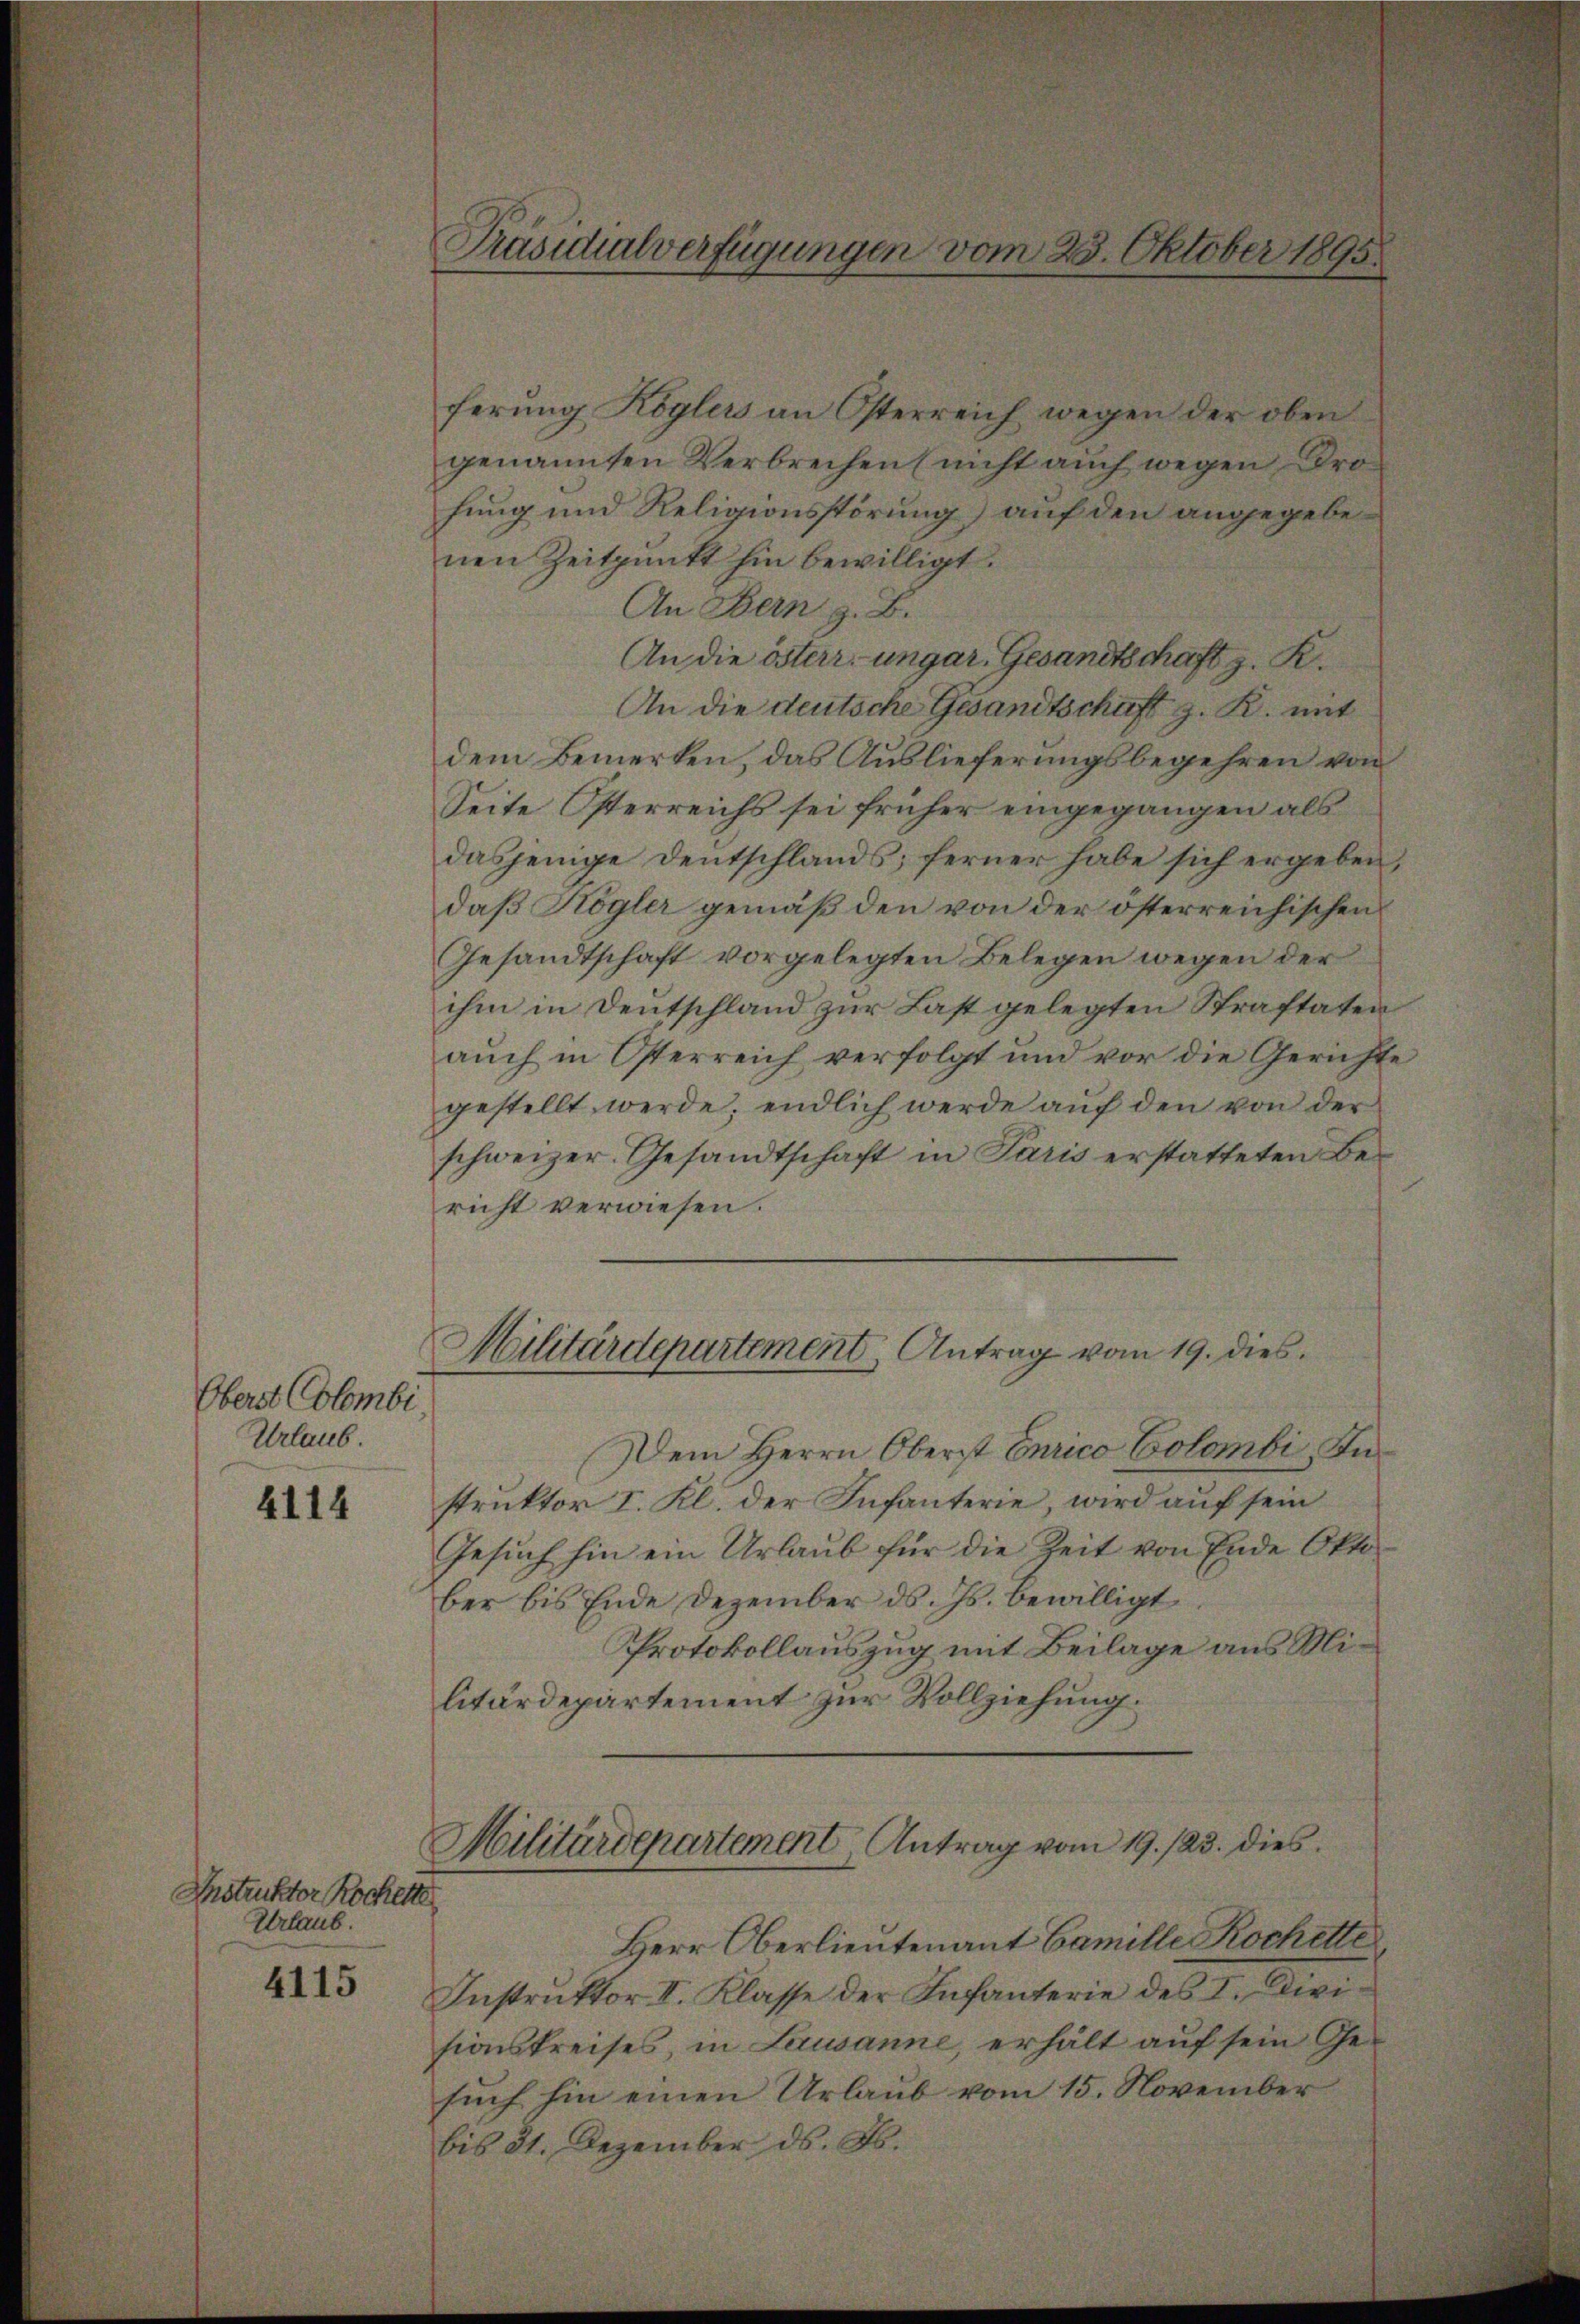
Oberst Colombi
Urlaub.

4114

Instrukter Rochette
Urlaub.

4115

Präsidialverfügungen vom 28. Oktober 1895.

ferung Köglers an Osterreich wegen der oben
genannten Verbrechen (nicht auch wegen Drofung und Religionsstörung) auf den angegebenen Zeitpunkt hin bewilligt.
An Bern z. B.
An die österr. ungar. Gesandtschaft z. K.
An die deutsche Gesandtschaft z. R. mit
dem Bemerken, das Auslieferungsbegehren von
Seite Österreichs sei früher eingegangen als
dasjenige Deutschlands; ferner habe sich ergeben,
daß Högler gemäß den von der österreichischen
Gesandtschaft vorgelegten Belegen wegen der
ihm in Deutschland zur Last gelegten Straftaten
auch in Österreich verfolgt und vor die Gerichte
gestellt werde; endlich werde aŭf den von der
schweizer. Gesandtschaft in Paris erstatteten Be-
richt verwiesen.
Militärdepartement Antrag vom 19. dies
Dem Herrn Oberst Curico Colombi, Instruktor I. Kl. der Infanterie wird auf sein
Gesŭch hin ein Urlaŭb für die Zeit von Ende Okto
ber bis Ende Dezember ds. Js. bewilligt
Protokollauszug mit Beilage aus Militärdepartement zur Vollziehung.
Militärdepartement Antrag vom 19. 123. dies
Herr Oberlieutenant Camille Rochette
Instruktor II. Klasse der Infanterie des I. Divisionskreises, in Lausanne, erhält auf sein Ge-
such hin einen Urlaub vom 15. November
bis 31. Dezember d. Js.